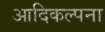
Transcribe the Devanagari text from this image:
आदिकल्पना